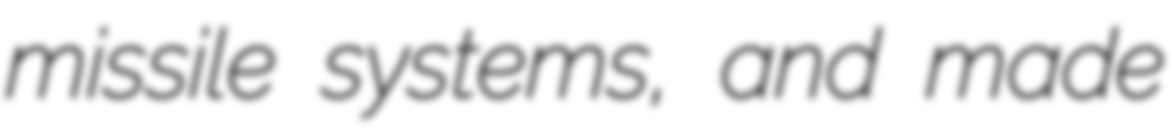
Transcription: missile systems, and made